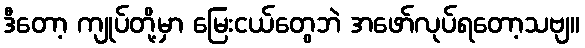
ဒီတော့ ကျုပ်တို့မှာ မြေးငယ်တွေဘဲ အဖော်လုပ်ရတော့သဗျ။